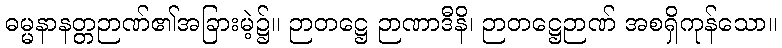
ဓမ္မနာနတ္တဉာဏ်၏အခြားမဲ့၌။ ဉာတဋ္ဌေ ဉာဏာဒီနိ၊ ဉာတဋ္ဌေဉာဏ် အစရှိကုန်သော။